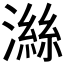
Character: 𪷜